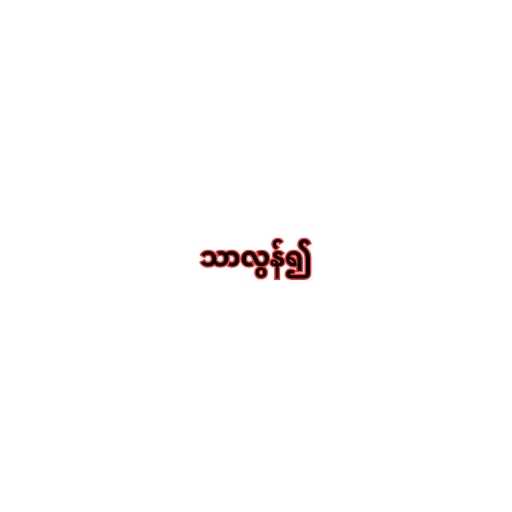
သာလွန်၍